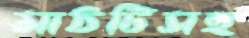
মাঠটিসহ